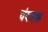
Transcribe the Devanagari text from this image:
चंदवक